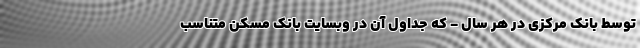
توسط بانک مرکزی در هر سال - که جداول آن در وبسایت بانک مسکن متناسب